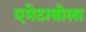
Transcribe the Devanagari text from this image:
एमेटाबोला